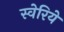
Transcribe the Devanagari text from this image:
स्वेरिये